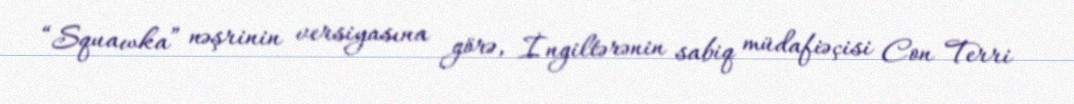
“Squawka” nəşrinin versiyasına görə, İngiltərənin sabiq müdafiəçisi Con Terri